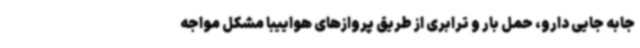
جابه جایی دارو، حمل بار و ترابری از طریق پروازهای هواییبا مشکل مواجه